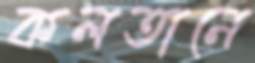
কলতানে